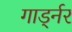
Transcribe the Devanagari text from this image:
गार्ड्नर